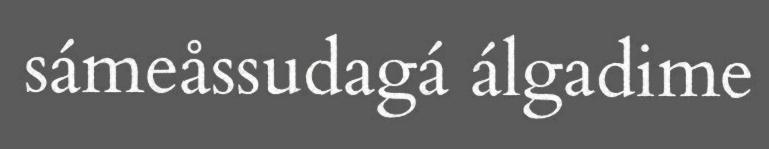
sámeåssudagá álgadime